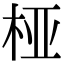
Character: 桠